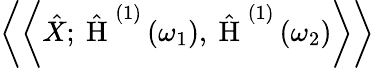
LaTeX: \left\langle\left\langle\hat{X};\hat{\mathrm{~H~}}^{(1)}\left(\omega_{1}\right),\hat{\mathrm{~H~}}^{(1)}\left(\omega_{2}\right)\right\rangle\right\rangle